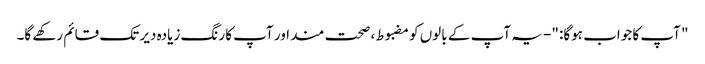
" آپ کا جواب ہوگا: "- یہ آپ کے بالوں کو مضبوط ، صحت مند اور آپ کا رنگ زیادہ دیر تک قائم رکھے گا۔